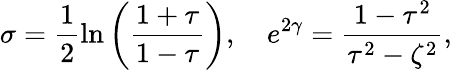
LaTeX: \sigma=\frac{1}{2}\ln\left(\frac{1+\tau}{1-\tau}\right),\quad e^{2\gamma}=\frac{1-\tau^{2}}{\tau^{2}-\zeta^{2}},